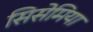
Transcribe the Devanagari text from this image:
सिसेमिया